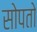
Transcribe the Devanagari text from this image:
सोपतो